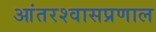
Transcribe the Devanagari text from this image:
आंतरश्वासप्रणाल